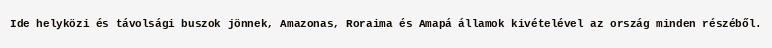
Ide helyközi és távolsági buszok jönnek, Amazonas, Roraima és Amapá államok kivételével az ország minden részéből.